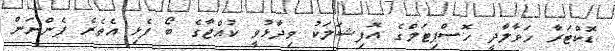
ޑޮކްޓަރާ ހަވާލާދީ ހޮސްޕިޓަލްގެ އޮފިޝަލަކު ވިދާޅުވީ ކުއްޖާގެ ބޯ ފެޅި އެތެރެ ފެންނަން